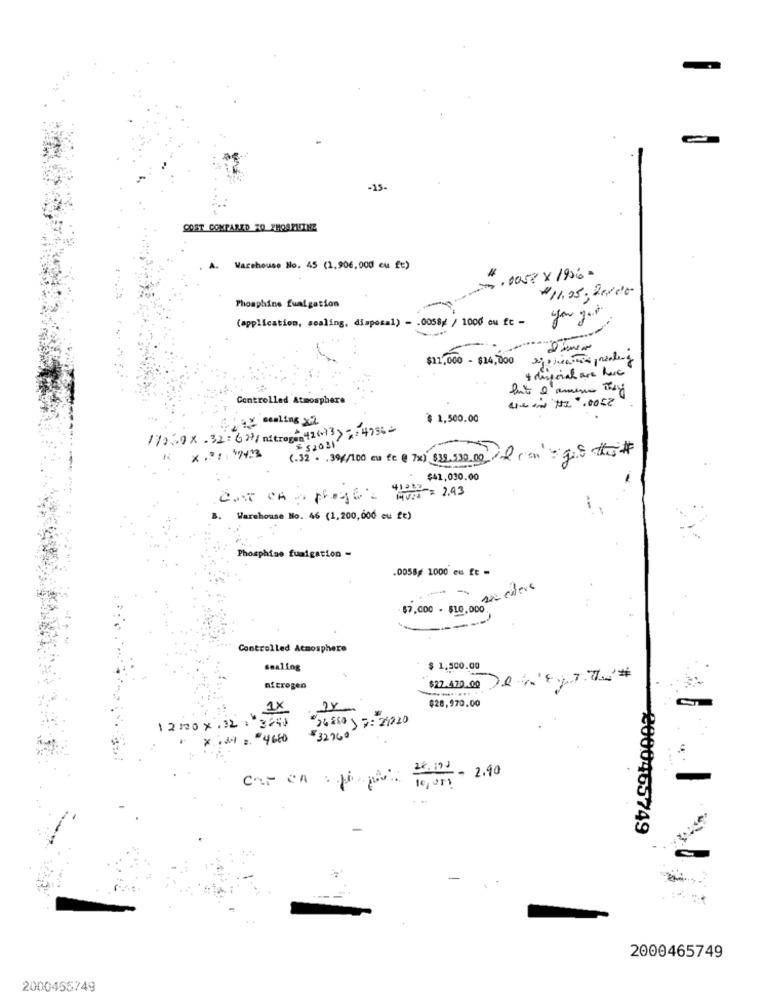
-15-
COST COMPARED TO PHOSPHTHE
A. Warehouse No. 45 (1,906,000 eu ft)
3 .1058 x 1956 -
#11.05. 20100
Phosphine fuatgation
(application, sealing, disposal)
0058/ / 1000 ou fc -
$11,000 - $14,000
Controlled Atmo
sphere
¿Ex cealing xd
$ 1,500.00
110.30x .32: 627/ nitrogen 42(+)3) 7: 4956-
$ 52031
***: 1423 (.32 . . 30/100 eu fe @ 7x) $39.530.00
$41,030.00
410: 2.43
B.
Warehouse No. 46 (1,200,000 eu fe)
Phosphise fumigation -
.0058# 1000 eu ft =
$7,000 - $10.000
Controlled Atmosphere
sealing
$ 1,500.00
$22.420.00 0,77*
nitrogen
$28,970.00
1X
1 2 100 x:32 : 3240
24860 ) 7: 21220
* .* = 4680
$32760
CAF CA : papa
28.195 - 2.90
10 , 05 ? "
-
2000465749
2000465749
2000465749